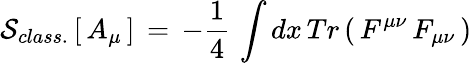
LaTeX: {\cal S}_{class.}\, [\, A_{\mu}\, ]\, =\, -{\frac{1}{4}}\, \int dx\, Tr\left(\, F^{\mu\nu}\, F_{\mu\nu}\, \right)